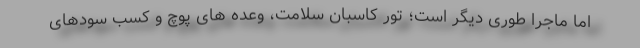
اما ماجرا طوری دیگر است؛ تور کاسبان سلامت، وعده های پوچ و کسب سودهای